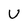
Character: U